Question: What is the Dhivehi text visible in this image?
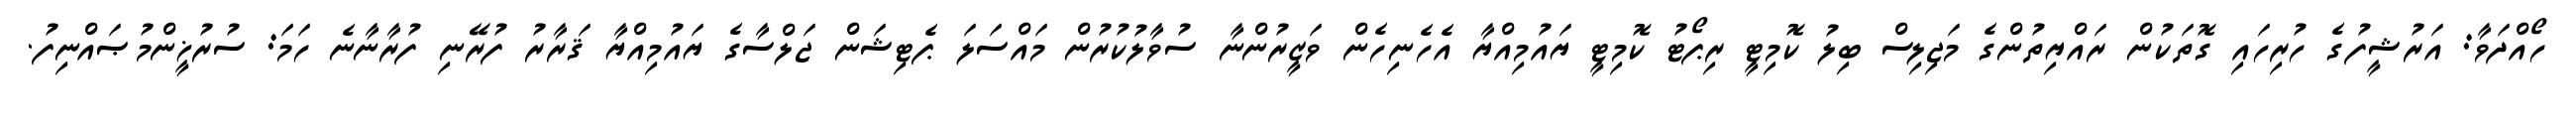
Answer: ހޯއްދަވާ: އަރުޝީފުގެ ހުރިހައި ގޮތަކުން ރައްޔިތުންގެ މަޖިލިސް ބިލު ކޮމިޓީ ރިޕޯޓު ކޮމިޓީ ޔައުމިއްޔާ އެހެނިހެން ވަޒީރުންނާ ސުވާލުކުރުން މައްސަލަ ޕެޓިޝަން ޖަލްސާގެ ޔައުމިއްޔާ ޤަރާރު ފުރޭނި ފުރާނާނެ ހަމަ: ސުރުޚީންމުޞައްނިފު.